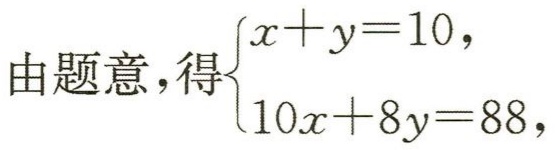
由题意，得\(\begin{cases}x + y = 10,\\10x + 8y = 88,\end{cases}\)